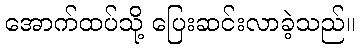
အောက်ထပ်သို့ ပြေးဆင်းလာခဲ့သည်။